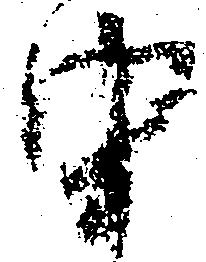
由